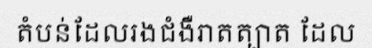
តំបន់ដែលរងជំងឺរាតត្បាត ដែល